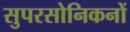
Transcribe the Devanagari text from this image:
सुपरसोनिकनों